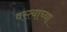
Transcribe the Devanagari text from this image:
वस्त्याच्या